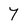
Character: 7